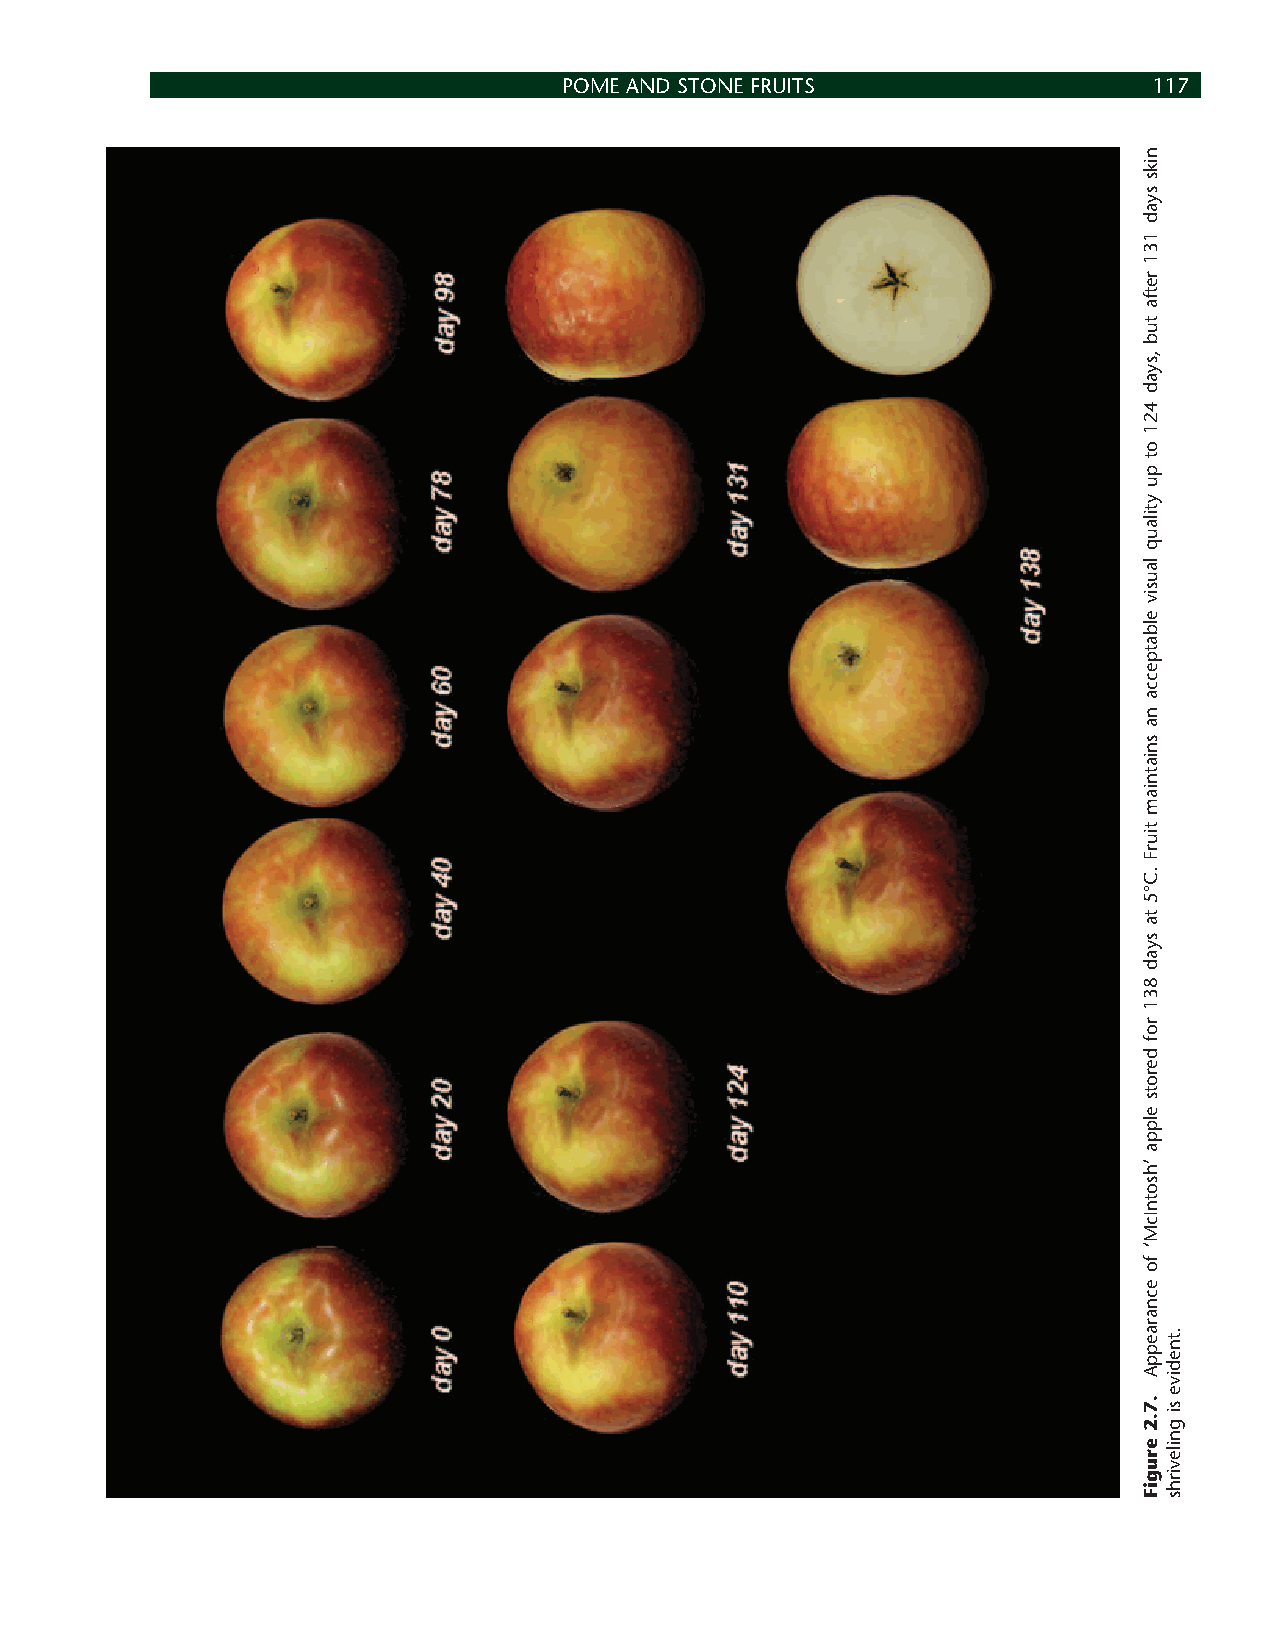
POME AND STONE FRUITS                  117
 niks
 syad
 131
 retfa
 tub
 ,syad
 421
 ot
 pu
 ytilauq
 lausiv
 elbatpecca
 na
 sniatniam
 tiurF
 .C°5
 ta
 syad
 831
 rof
 derots
 elppa
 ’hsotnIcM‘
 fo
 ecnaraeppA
 .7.2
 erugiF
 .tnedive
 si
 gnilevirhs